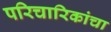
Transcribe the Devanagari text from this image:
परिचारिकांचा